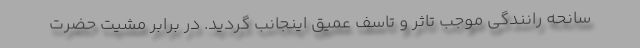
سانحه رانندگی موجب تاثر و تاسف عمیق اینجانب گردید. در برابر مشیت حضرت